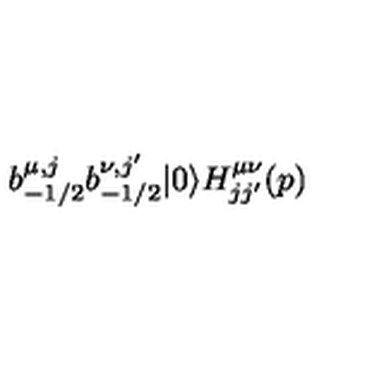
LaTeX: b _ { - 1 / 2 } ^ { \mu , j } b _ { - 1 / 2 } ^ { \nu , j ^ { \prime } } | 0 \rangle H _ { j j ^ { \prime } } ^ { \mu \nu } ( p )